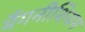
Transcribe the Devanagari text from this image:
मैंगनीशियम